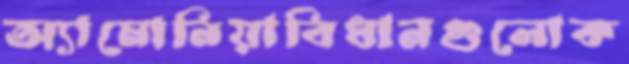
অ্যামোনিয়াবিধানগুলোক